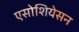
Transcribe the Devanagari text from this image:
एसोशियेसन